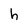
Character: h